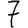
Digit: 7